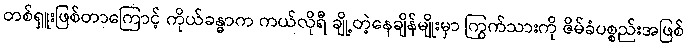
တစ်ရှူးဖြစ်တာကြောင့် ကိုယ်ခန္ဓာက ကယ်လိုရီ ချို့တဲ့နေချိန်မျိုးမှာ ကြွက်သားကို ဇိမ်ခံပစ္စည်းအဖြစ်